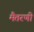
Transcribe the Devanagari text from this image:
मैतरणी